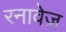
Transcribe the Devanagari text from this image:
रनावेज़